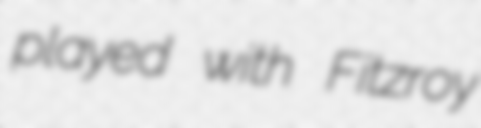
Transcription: played with Fitzroy